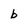
Character: b